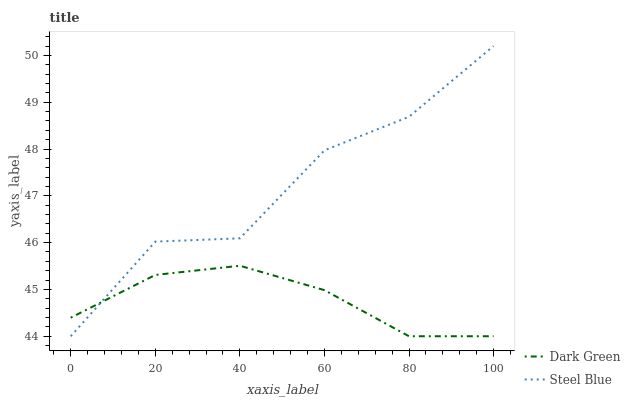
| xaxis_label | Dark Green | Steel Blue |
 | --- | --- | --- |
 | 0 | 44.4 | 44 |
 | 20 | 45.3 | 46 |
 | 40 | 45.5 | 46.1 |
 | 60 | 45 | 48 |
 | 80 | 44 | 48.7 |
 | 100 | 44 | 50.2 |